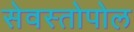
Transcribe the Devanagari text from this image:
सेवस्तोपोल